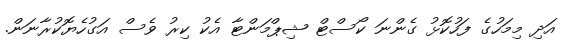
އަދި މިމަހުގެ ފަހުކޮޅު ގެންނަ ކޯސްޓް ޝިޕްމަންޓާ އެކު ކިރު ވެސް އަގުހެޔޮކުރާނަން.